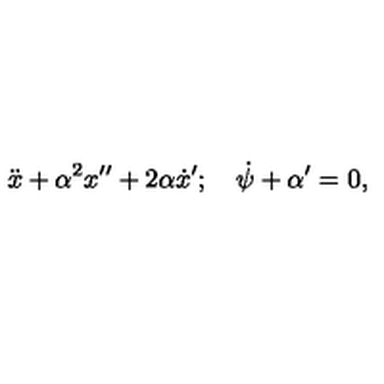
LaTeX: \ddot { x } + \alpha ^ { 2 } x ^ { \prime \prime } + 2 \alpha \dot { x } ^ { \prime } ; \quad \dot { \psi } + \alpha ^ { \prime } = 0 ,